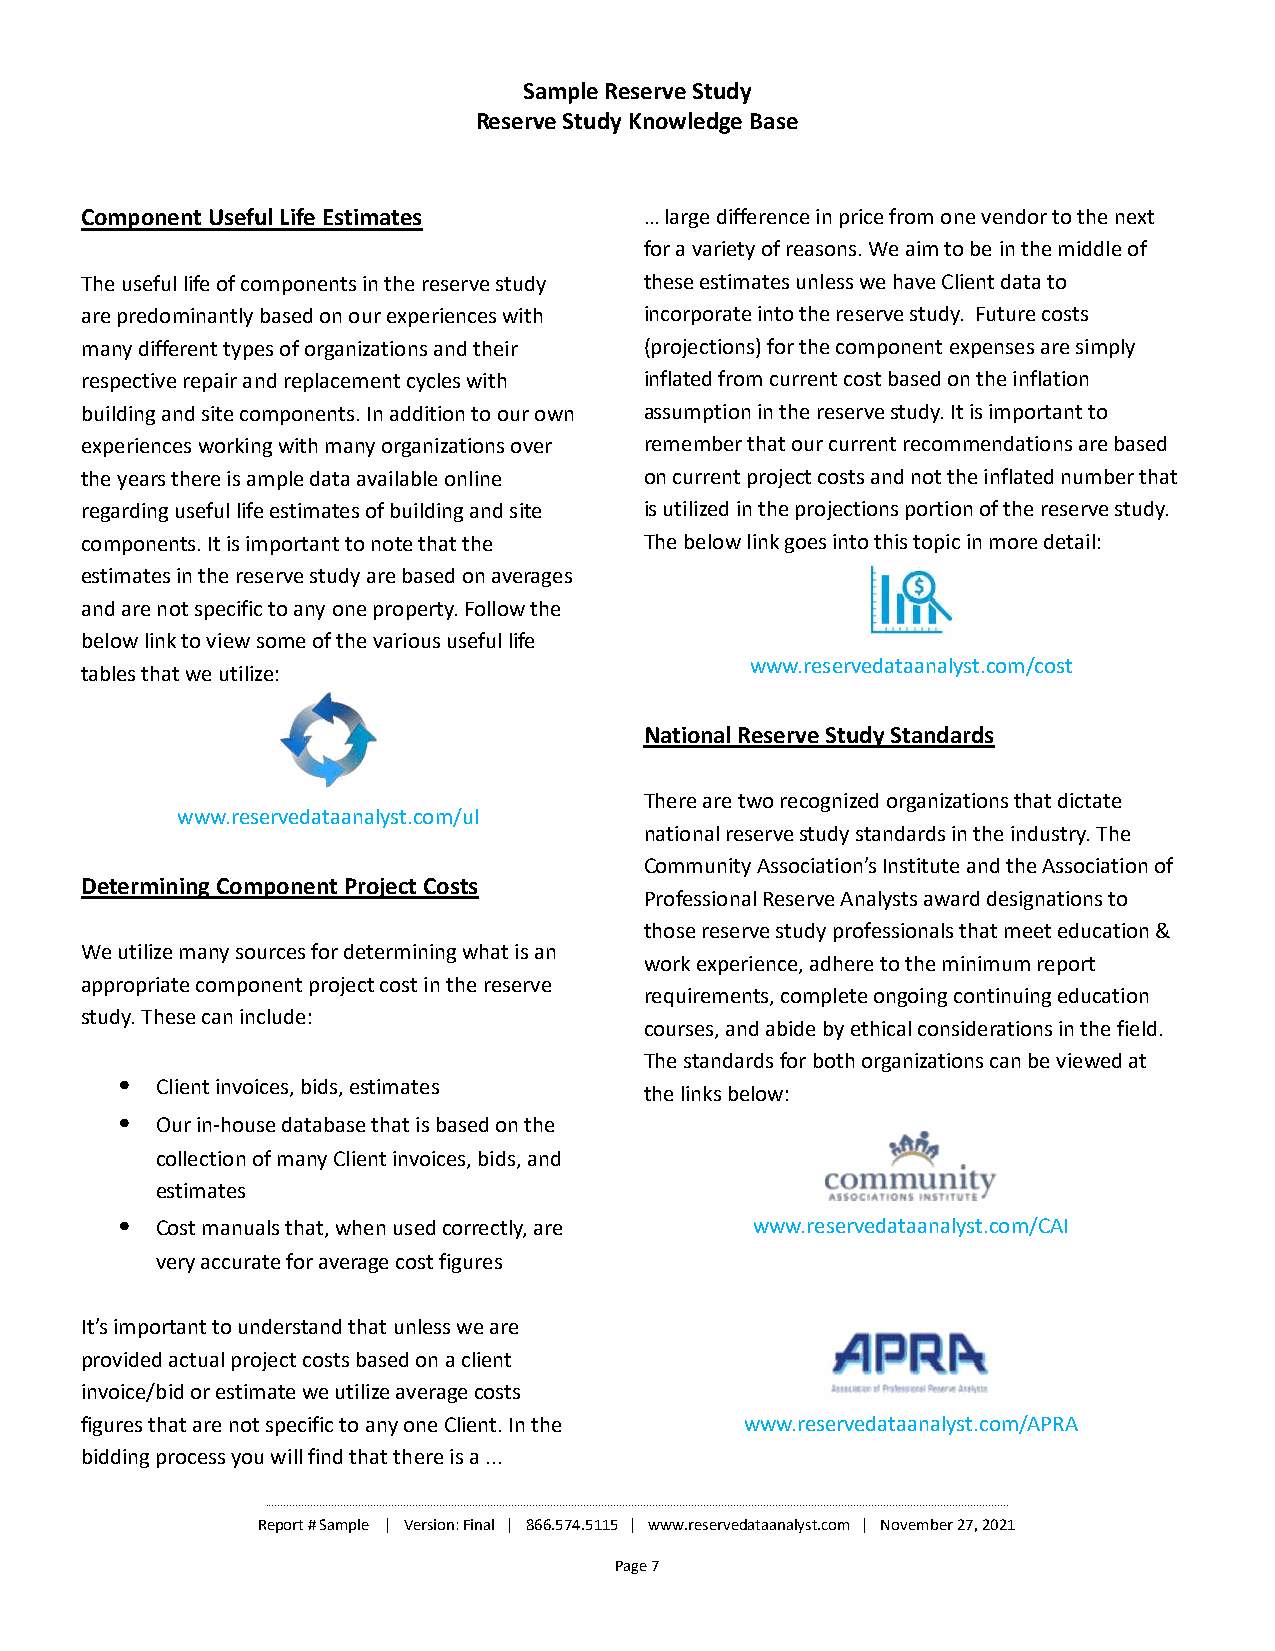
Sample Reserve Study
 Reserve Study Knowledge Base
 Component Useful Life Estimates       … large difference in price from one vendor to the next
 for a variety of reasons. We aim to be in the middle of
 The useful life of components in the reserve study these estimates unless we have Client data to
 are predominantly based on our experiences with incorporate into the reserve study. Future costs
 many different types of organizationsand their (projections) for the component expenses are simply
 respective repair and replacement cycles with inflated from current cost based on the inflation
 building and site components. In addition to our own assumption in the reserve study. It is important to
 experiences working with many organizations over remember that our current recommendations are based
 the years there is ample data available online on current project costs and not the inflated number that
 regarding useful life estimates of building and site is utilized in the projections portion of the reserve study.
 components. It is important to note that the The below link goes into this topic in more detail:
 estimates in the reserve study are based on averages
 and are not specific to any one property.Follow the
 below link to view some of the various useful life
 www.reservedataanalyst.com/cost
 tables that we utilize:
 National Reserve Study Standards
 There are two recognized organizations that dictate
 www.reservedataanalyst.com/ul
 national reserve study standards in the industry. The
 Community Association’s Institute and the Association of
 Determining Component Project Costs
 Professional Reserve Analysts award designations to
 those reserve study professionals that meet education &
 We utilize many sources for determining what is an
 work experience, adhere to the minimum report
 appropriate component project cost in the reserve
 requirements, complete ongoing continuing education
 study. These can include:
 courses, and abide by ethical considerations in the field.
 The standards for both organizations can be viewed at
 ⦁ Client invoices, bids, estimates
 the links below:
 ⦁ Our in-house database that is based on the
 collection of many Client invoices, bids, and
 estimates
 ⦁ Cost manuals that, when used correctly, are www.reservedataanalyst.com/CAI
 very accurate for average cost figures
 It’s important to understand that unless we are
 provided actual project costs based on a client
 invoice/bid or estimate we utilize average costs
 figures that are not specific to any one Client. In the www.reservedataanalyst.com/APRA
 bidding process you will find that there is a ...
 ________________________________________________________________________________________________________________________________________________________________________________________________________________________________________________________
 Report # Sample | Version: Final | 866.574.5115 | www.reservedataanalyst.com | November 27, 2021
 Page 7